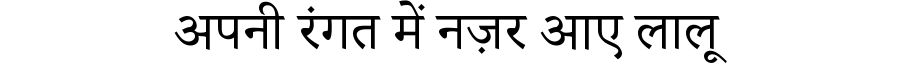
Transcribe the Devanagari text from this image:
अपनी रंगत में नज़र आए लालू